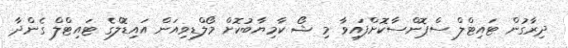
ދިރާގުން ޓައިޓްލް ސްޕޮންސާކޮށްފައިވާ މި ޝޯ ކާމިޔާބުކޮށް މޯލްޑިވިއަން އައިޑޮލްގެ ޓައިޓްލް ގެންދާ